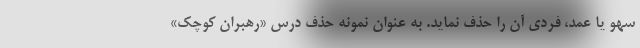
سهو یا عمد، فردی آن را حذف نماید. به عنوان نمونه حذف درس «رهبران کوچک»